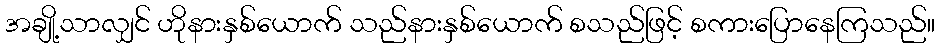
အချို့သာလျှင် ဟိုနားနှစ်ယောက် သည်နားနှစ်ယောက် စသည်ဖြင့် စကားပြောနေကြသည်။